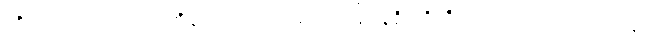
ကိလေသဖါသုကာ၊ ကိလေသာဟူသော အခြင်နံရိုးတို့ကို။ မယာ၊ ငါသည်။ ဘဂ္ဂါ၊